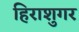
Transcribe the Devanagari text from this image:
हिराशुगर